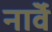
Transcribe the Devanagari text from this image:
नाॅर्वे